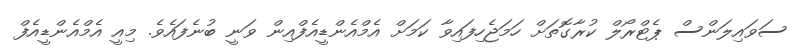
ސަވައިލަންސް ޕެޓްރޯލް ކުރާގޮތަށް ހަމަޖެހިފައިވާ ކަމަށް އެމްއެންޑީއެފްއިން ވަނީ ބުނެފައެވެ. މިއީ އެމްއެންޑީއެފް